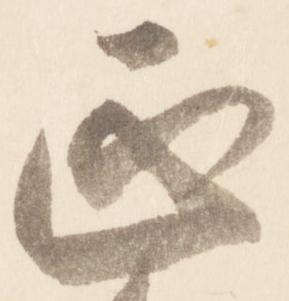
正